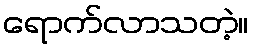
ရောက်လာသတဲ့။